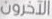
الآخرون